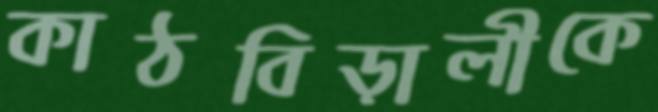
কাঠবিড়ালীকে